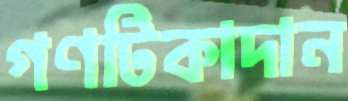
গণটিকাদান